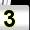
Digit: 3